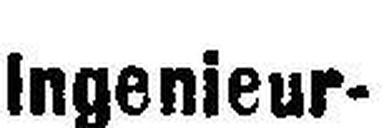
Ingenieur-